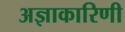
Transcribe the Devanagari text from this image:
अज्ञाकारिणी